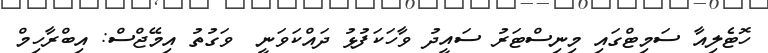
ހޮޓެލިއާ ސަމިޓްގައި މިނިސްޓަރު ސައީދު ވާހަކަފުޅު ދައްކަވަނީ  ވަގުތު އިމޭޖްސް: އިބްރާހިމް